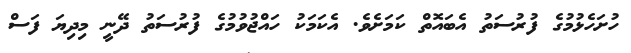
ހުށަހެޅުމުގެ ފުރުސަތު އެބައޮތް ކަމަށެވެ. އެކަމަކު ހައްޖުވުމުގެ ފުރުސަތު ދޭނީ މިދިޔަ ފަސް